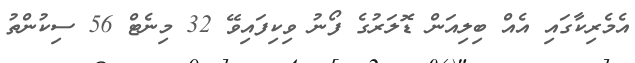
އެމެރިކާގައި އެއް ބިލިއަން ޑޮލަރުގެ ފޯނު ވިކިފައިވޭ 32 މިނެޓް 56 ސިކުންތު